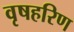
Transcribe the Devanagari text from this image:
वृषहरिण